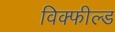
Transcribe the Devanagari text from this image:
विक्फील्ड